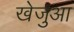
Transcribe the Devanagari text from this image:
खेजुआ